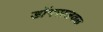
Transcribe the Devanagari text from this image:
डोंगराजवळ